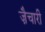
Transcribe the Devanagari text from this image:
ज़ैचारी